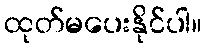
ထုတ်မပေးနိုင်ပါ။